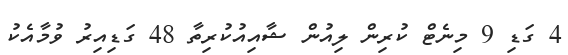
4 ގަޑި 9 މިނެޓް ކުރިން ލިއުން ޝާއިއުކުރިތާ 48 ގަޑިއިރު ވުމާއެކު